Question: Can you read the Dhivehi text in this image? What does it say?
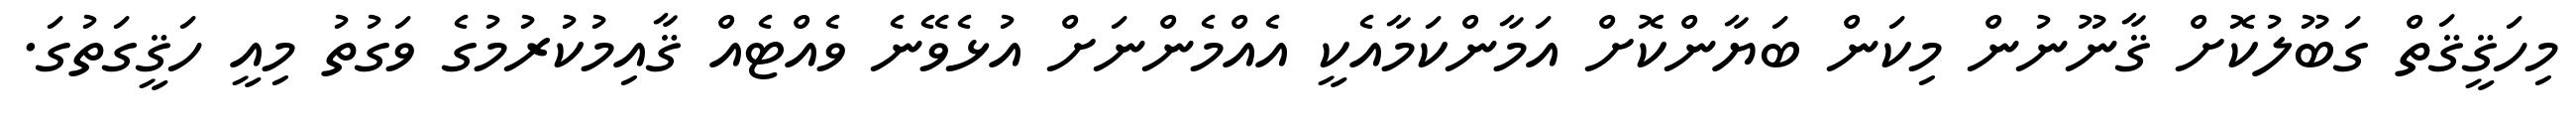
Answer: މިހަޤީޤަތް ގަބޫލުކޮށް ޤާނޫނުން މިކަން ބަޔާންކޮށް އަމާންކަމާއެކީ އެއްމެންނަށް އުޅެވޭނެ ވެއްޓެއް ޤާއިމުކުރުމުގެ ވަގުތު މިއީ ހަޤީގަތުގަ.